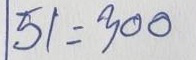
51 = 300